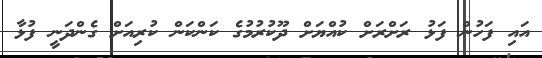
އައި ފަހުން ފަޅު ރަށްރަށް ކުއްޔަށް ދޫކުރުމުގެ ކަންކަން ކުރިއަށް ގެންދަނީ ފުޅާ